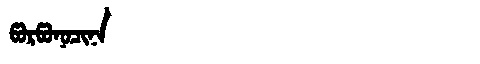
Manchu: ᡦᠣᡵᡦᠣᠨᠣᠴᡳᠨᠠ
Romanization: PORPONOCINA